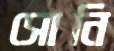
সোনি